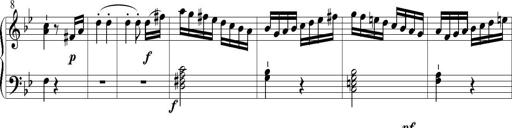
Title: 6 Leichte Sonatinen, Teil 1
Composer: F. Sigismund Sander